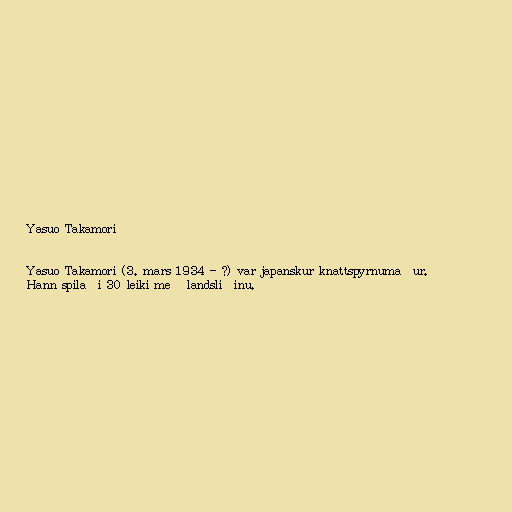
Yasuo Takamori

Yasuo Takamori (3. mars 1934 - ?) var japanskur knattspyrnumaður.
Hann spilaði 30 leiki með landsliðinu.